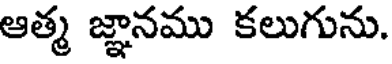
ఆత్మ జ్ఞానము కలుగును.